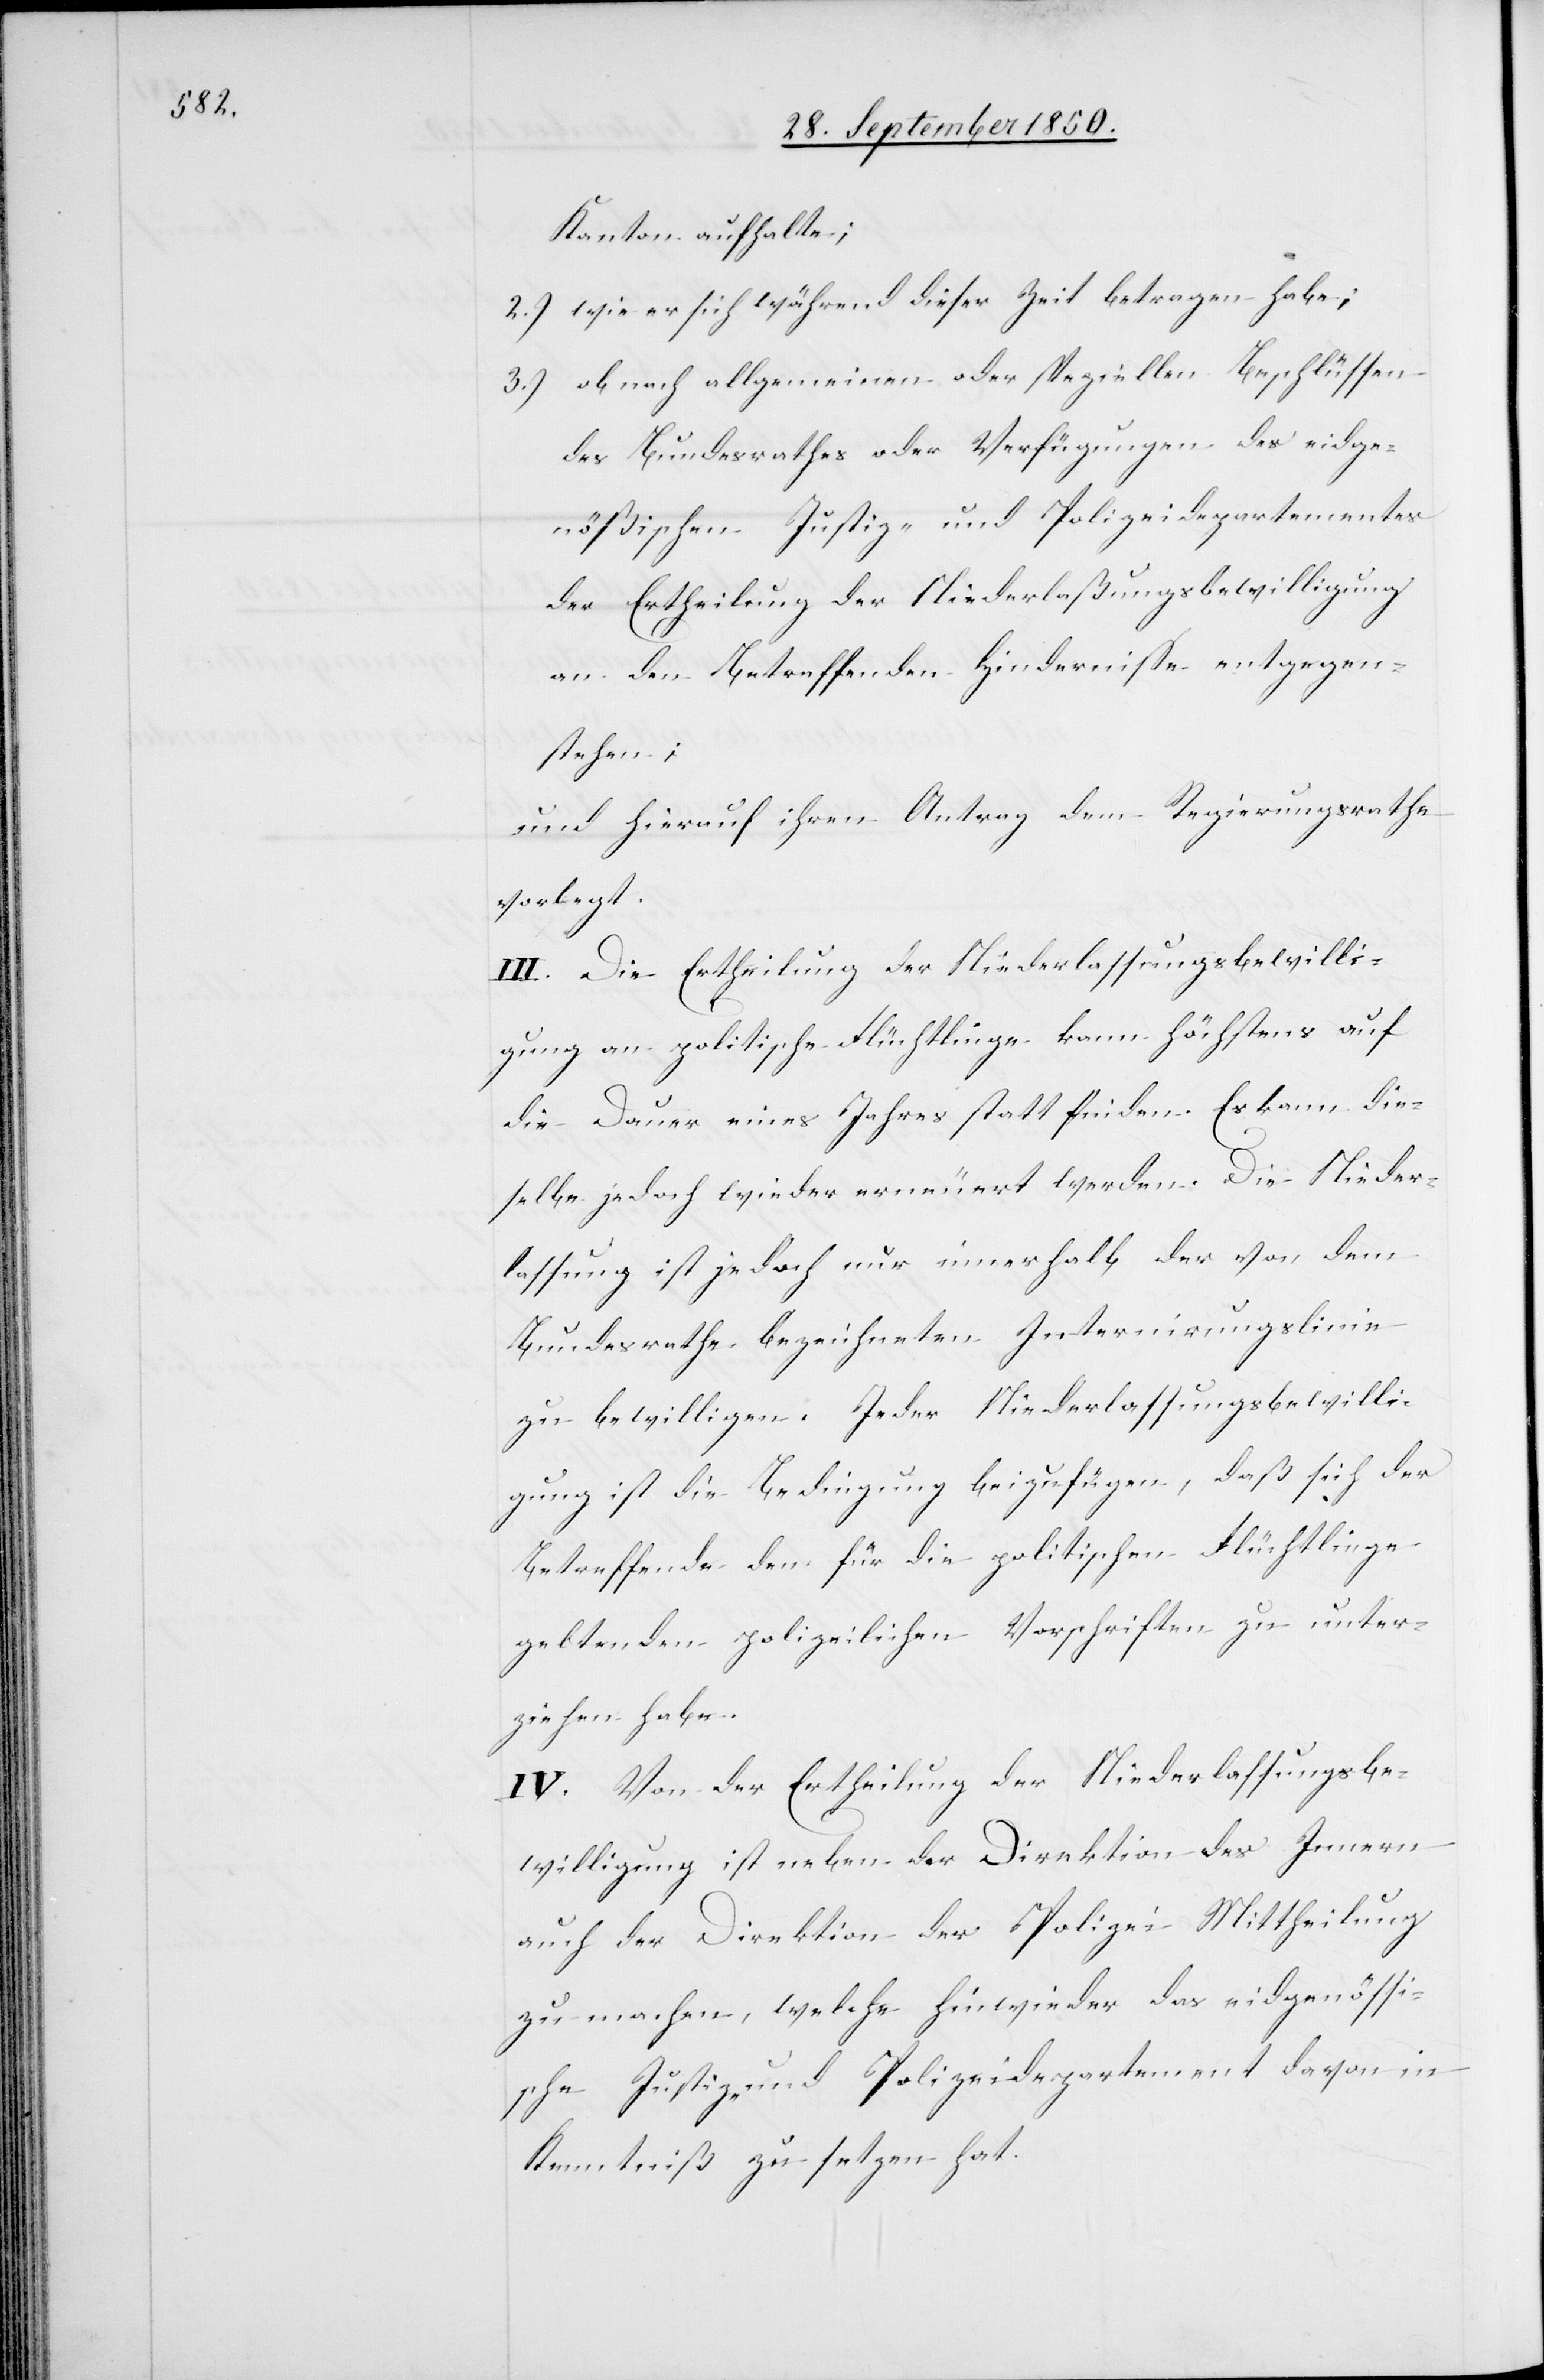
Kanton aufhalte;
2.) wie er sich während dieser Zeit betragen habe;
3.) ob nach allgemeinen oder speziellen Beschlüssen
des Bundesrathes oder Verfügungen des eidge¬
nößischen Justiz- und Polizeidepartementes
der Ertheilung der Niederlaßungsbewilligung
an den Betreffenden Hindernisse entgegen¬
stehen;
und hierauf ihren Antrag dem Regierungsrathe
vorlegt.
III. Die Ertheilung der Niederlassungsbewilli¬
gung an politische Flüchtlinge kann höchstens auf
die Dauer eines Jahres statt finden. Es kann die¬
selbe jedoch wieder erneuert werden. Die Nieder¬
lassung ist jedoch nur innerhalb der von dem
Bundesrathe bezeichneten Internirungslinie
zu bewilligen. Jeder Niederlassungsbewilli¬
gung ist die Bedingung beizufügen, daß sich der
Betreffende den für die politischen Flüchtlinge
geltenden polizeilichen Vorschriften zu unter¬
ziehen habe.
IV. Von der Ertheilung der Niederlassungsbe¬
willigung ist der Direktion der Polizei
zu machen, welche hinwieder das eidgenössi¬
sche Justiz- und Polizeidepartement davon in
Kenntniß zu setzen hat.